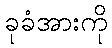
ခုခံအားကို